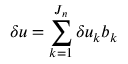
\delta u = \sum _ { k = 1 } ^ { J _ { n } } \delta u _ { k } \boldsymbol { b } _ { k }